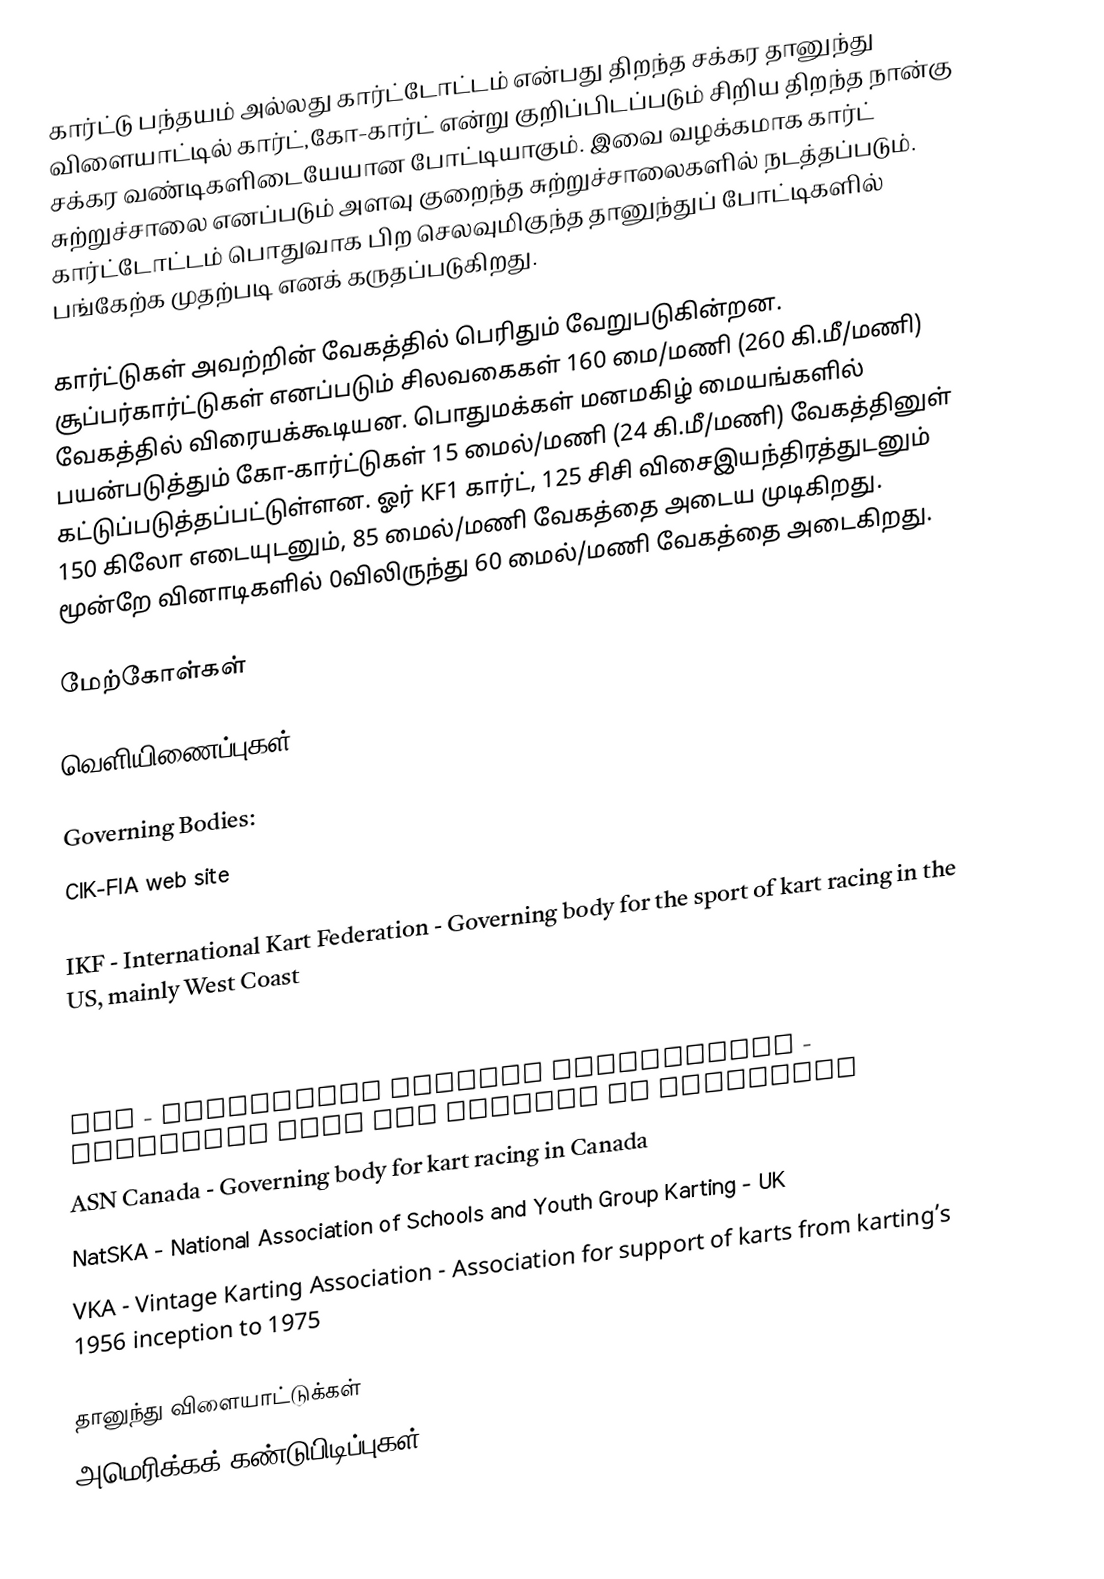
கார்ட்டு பந்தயம் அல்லது கார்ட்டோட்டம்  என்பது திறந்த சக்கர தானுந்து விளையாட்டில் கார்ட்,கோ-கார்ட்  என்று குறிப்பிடப்படும் சிறிய திறந்த நான்கு சக்கர வண்டிகளிடையேயான போட்டியாகும்.  இவை வழக்கமாக கார்ட் சுற்றுச்சாலை எனப்படும் அளவு குறைந்த சுற்றுச்சாலைகளில் நடத்தப்படும். கார்ட்டோட்டம்  பொதுவாக பிற செலவுமிகுந்த தானுந்துப் போட்டிகளில் பங்கேற்க முதற்படி எனக் கருதப்படுகிறது.

கார்ட்டுகள் அவற்றின் வேகத்தில் பெரிதும் வேறுபடுகின்றன. சூப்பர்கார்ட்டுகள் எனப்படும் சிலவகைகள் 160 மை/மணி (260 கி.மீ/மணி) வேகத்தில் விரையக்கூடியன. பொதுமக்கள் மனமகிழ் மையங்களில் பயன்படுத்தும் கோ-கார்ட்டுகள் 15 மைல்/மணி (24 கி.மீ/மணி) வேகத்தினுள் கட்டுப்படுத்தப்பட்டுள்ளன. ஓர் KF1 கார்ட், 125 சிசி விசைஇயந்திரத்துடனும் 150 கிலோ எடையுடனும், 85 மைல்/மணி வேகத்தை அடைய முடிகிறது. மூன்றே வினாடிகளில் 0விலிருந்து 60 மைல்/மணி வேகத்தை அடைகிறது.

மேற்கோள்கள்

வெளியிணைப்புகள்

Governing Bodies:
  CIK-FIA web site
 MSA - Motor Sports Association  - Governing body for motor sports in  Great Britain
  IKF - International Kart Federation - Governing body for the sport of kart  racing in the US, mainly West Coast
  WKA - World Karting Association - Governing body for karting in the US,  mainly East Coast
  AKRA - American Kart Racing Association  - Governing body for speedway oval  karting in the US
  AKA - Australian Karting Association - Governing body for karting in Australia
 ASN Canada   -  Governing body for kart racing in Canada
 NatSKA - National Association of Schools and  Youth Group Karting - UK
  VKA - Vintage Karting Association - Association for support of karts from  karting’s 1956 inception to 1975

தானுந்து விளையாட்டுக்கள்
அமெரிக்கக் கண்டுபிடிப்புகள்